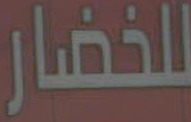
للخضار